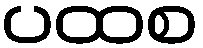
ပထစ